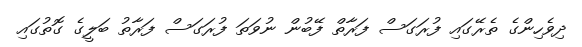
ދިވެހިންގެ ތެރޭގައި ފުރަގަސް ފަރާތް ފޭބުން ނުވަތަ ފުރަގަސް ފަރާތު ބަލީގެ ގޮތުގައި